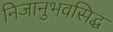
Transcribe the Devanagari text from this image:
निजानुभवसिद्ध